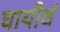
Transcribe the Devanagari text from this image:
घायीवं